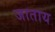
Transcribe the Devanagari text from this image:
जाताय